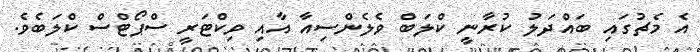
އެ މެޗުގައި ބައްދަލު ކުރާނީ ކްލަބް ވެލެންސިއާ އާއި ވިކްޓަރީ ސްޕޯޓްސް ކްލަބެވެ.